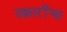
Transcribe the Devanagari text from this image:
तक्रारींचा